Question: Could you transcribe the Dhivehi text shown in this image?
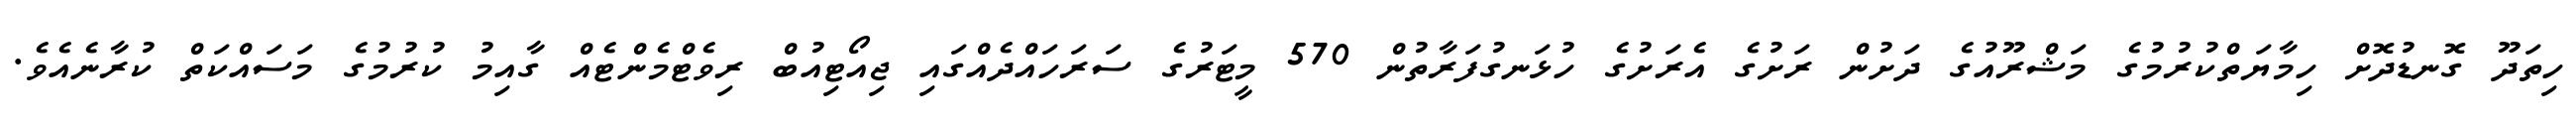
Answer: ހިތަދޫ ގޮނޑުދޮށް ހިމާޔަތްކުރުމުގެ މަޝްރޫއުގެ ދަށުން ރަށުގެ އެރަށުގެ ހުޅަނގުފަރާތުން 570 މީޓަރުގެ ސަރަހައްދެއްގައި ޖިއޯޓިއުބް ރިވެޓްމެންޓެއް ގާއިމު ކުރުމުގެ މަސައްކަތް ކުރާނެއެވެ.